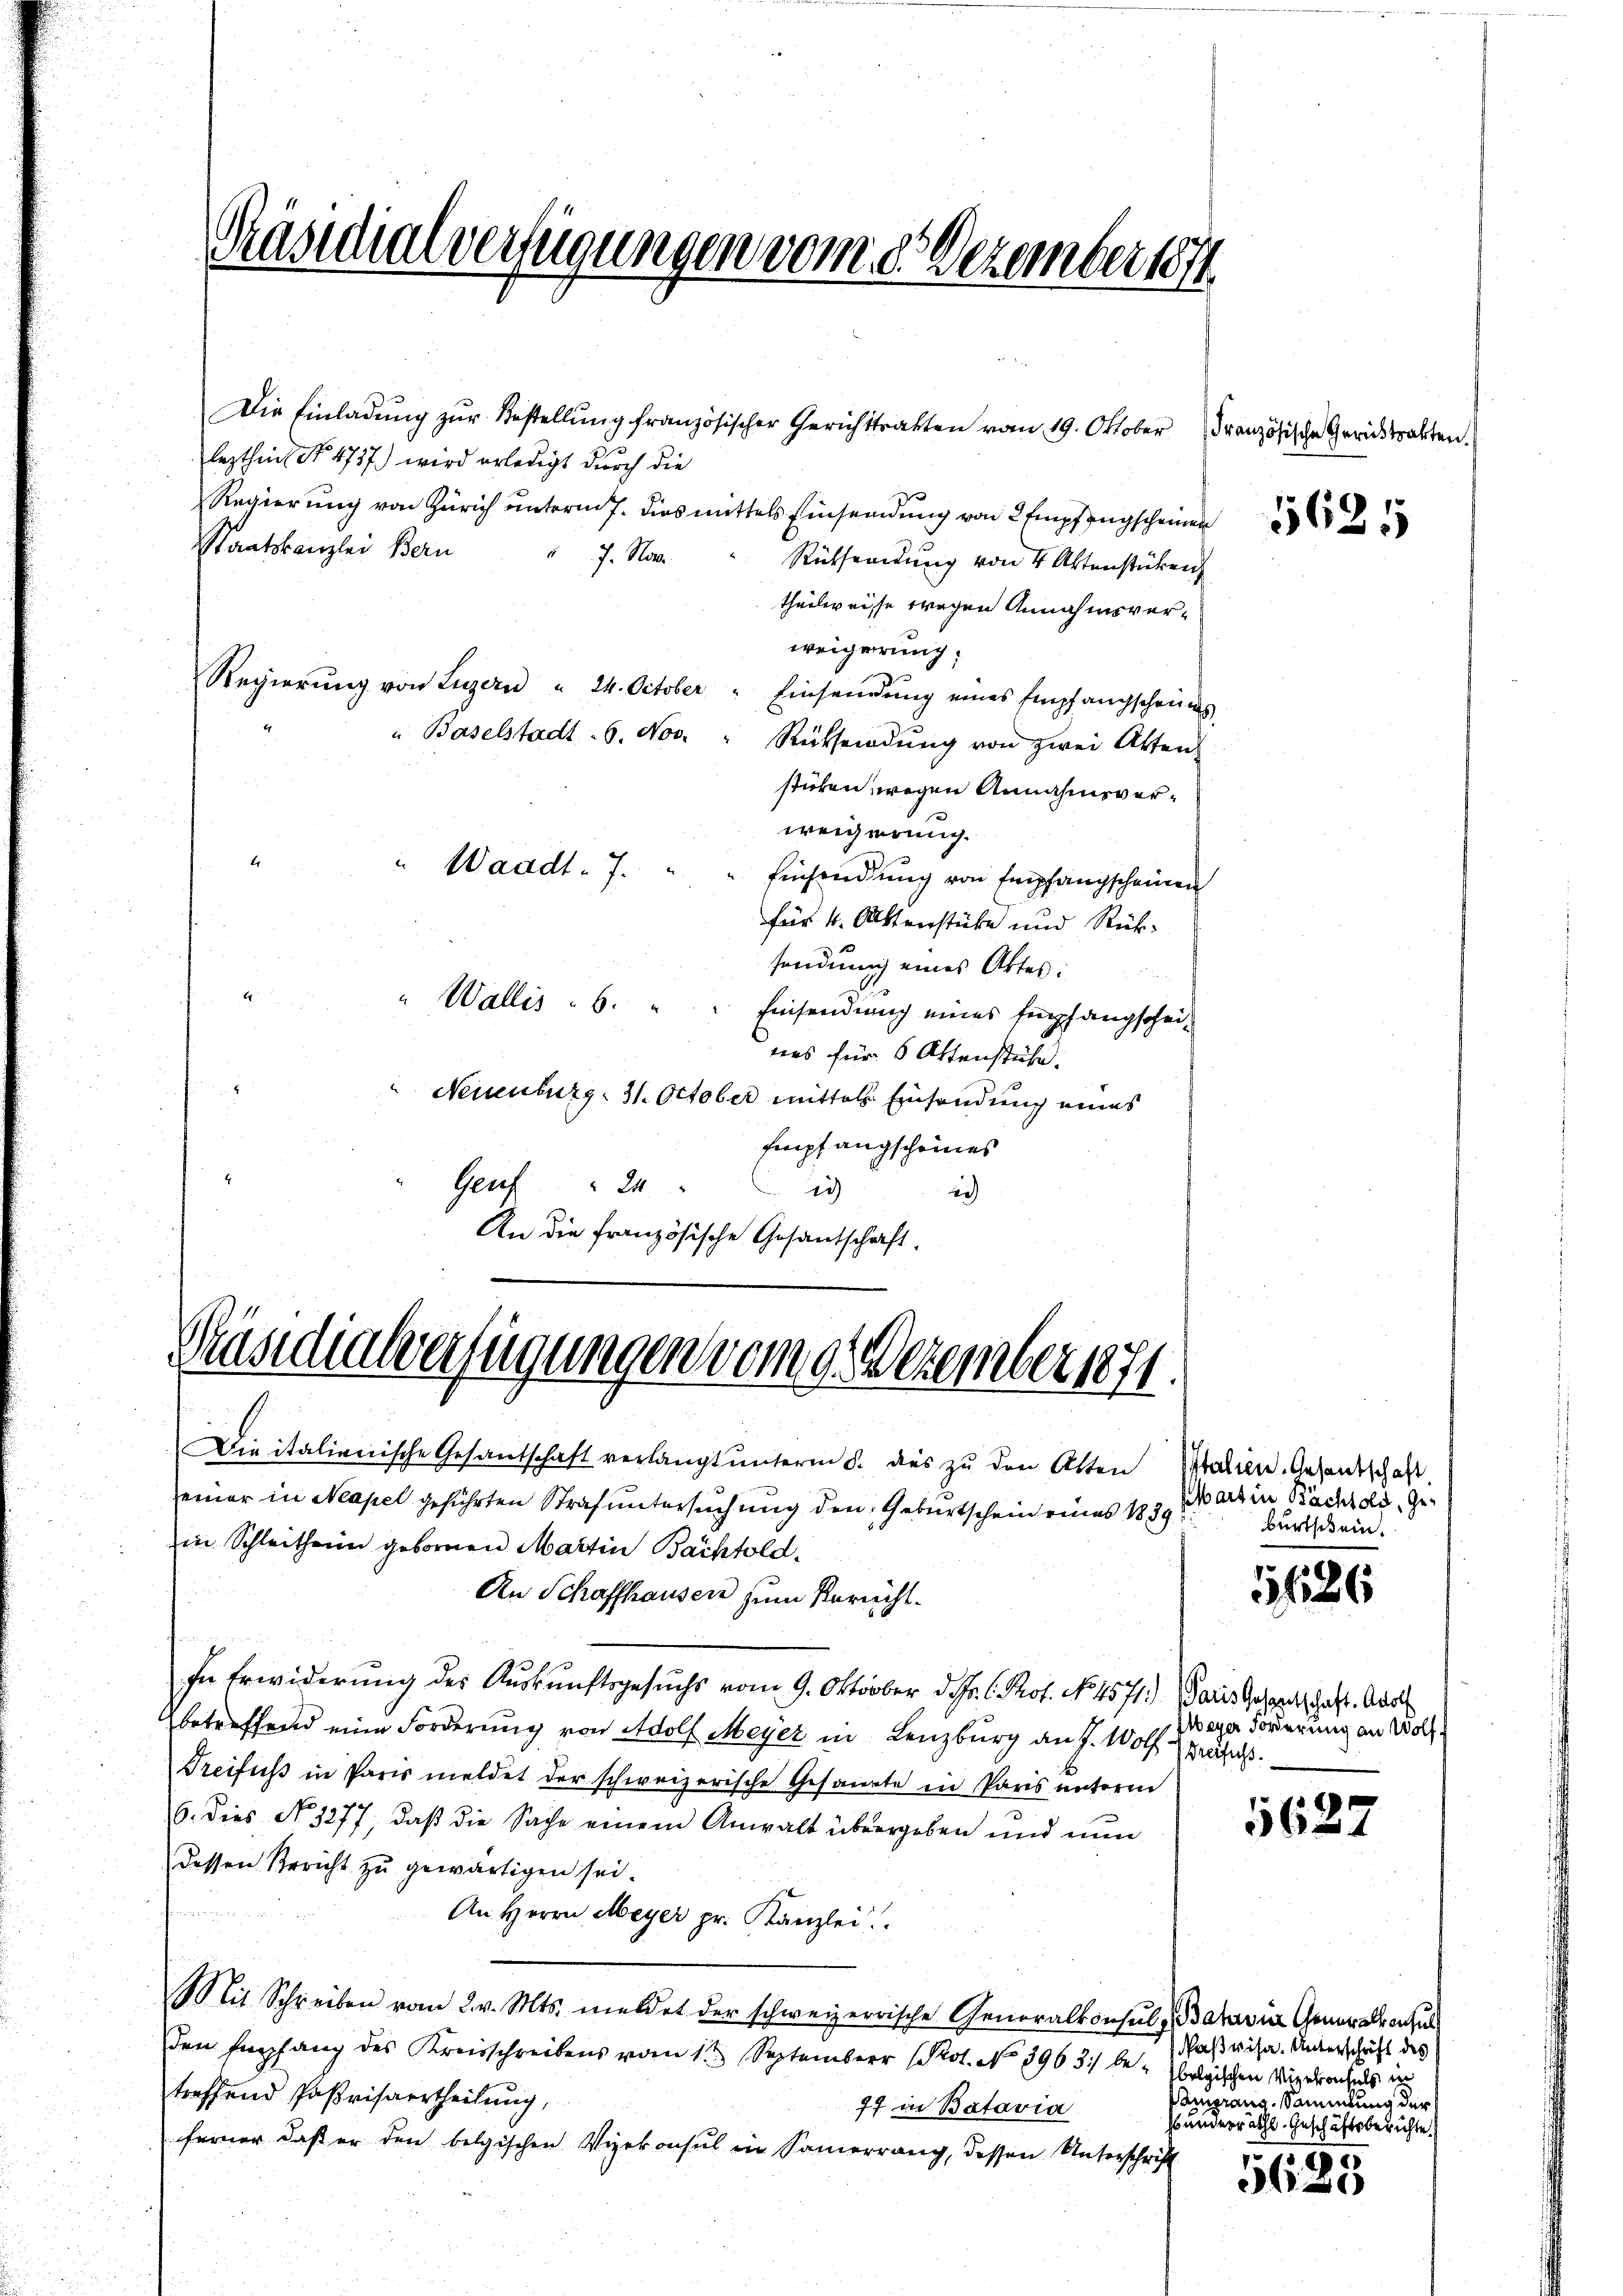
Präsidialverfügungen vom 9. Dezember 1871.

Präsidialverfügungen vom 8. Dezember 184

Die Einladung zŭr Bestellung französischer Gerichttrakten vom 19. Oktober
lezthin No. 1757) wird erledigt durch die
Regierung von Zürich unterm 7. dies mittels Einsendung von 2 Empfangscheinen
Staatskanzlei Bern
J. Ho
Rücksendung von 4 Aktenstücken
theilweisse wegen Annahmsverweigerung:
Regierŭng von Luzern " 24. October " Einsendŭng eines Empfangscheines
u Baselstadt - 6. Nov. " Rücksendŭng von zwei Atten
stücken wegen Annahmsverweigerung.
" Waadt - 7.
Einsendung von Empfangscheinen
für 4. Aktenstücke und Rücksendung eines Attes:
" Wallis - 6. " " Einsendung eines Empfangschei-
nes für 6 Attenstehe.
“ Neuenburg: 31. October mittelst Einsendung eines
Empfangscheines
Genf 24 "
ich
An die französische Gesandschaft.

einer in Neapel geführten Strafuntersuchung den Geburtschein eines 1839
in Schleitheim gebornen Martin Bachtold,
An Schaffhausen zum Bericht¬
In Erwiderung des Auskunftsgesuchs vom 9. Oktober d. J. R. Prof. No. 4571.) Paris Gesandtschaft. Aar
betreffend eine Forderung von Adolf Meyer in Lenzburg an J. Wolf Präse
Treifuß in Paris meldet der schweizerische Gesandte in Paris unterm
6. dies No 1277, daß die Sache einem Anwalt übergeben und nun
dessen Bericht zu gewärtigen sei.
An Herrn Meyer pr. Kanzlei
Mit Schreiben vom 2. v. Mts. meldet der schweizerrische Generalkonsul, Batavia Generalkonsu
den Empfang des Kreisschreibens vom 1.ten September (Prot. No. 3963) be- belgischen Weigebrochels e
treffend Paßrisaertheilung,
77 in Batavia
ferner daß er den belgischen Vizekonsul in Samerrang, dessen Unterschrift

Die italienische Gesandschaft verlangt unterm 8. dies zu den Atten Italien. Gesandschaft,

Französische Gerichtsakten.

5685

part in Bächtold, Geburtschein.

1686

Meyer Forderung an Wolf.

5627

Naßwisa. Unterschrift des
Pamprang, Sammlung der
Bundesräthl. Geschäftsberichte.

5625